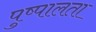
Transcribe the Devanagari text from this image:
पुष्पालता